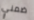
ضمني